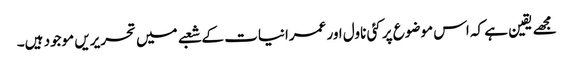
مجھے یقین ہے کہ اس موضوع پر کئی ناول اور عمرانیات کے شعبے میں تحریریں موجود ہیں۔